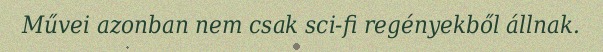
Művei azonban nem csak sci-fi regényekből állnak.